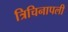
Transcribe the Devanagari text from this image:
त्रिचिनापली